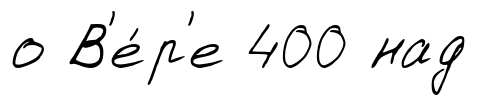
о В'е́р'е 400 над